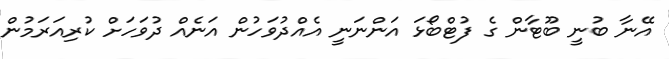
އޭނާ ބުނީ ބޫޓާން ގެ ފުޓްބޯޅަ އަންނަނީ އެއްދުވަހުން އަނެއް ދުވަހަށް ކުރިއަރަމުން